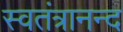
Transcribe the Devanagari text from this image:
स्वतंत्रानन्द